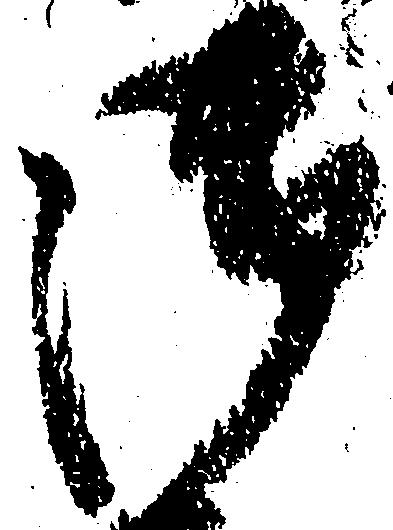
御